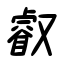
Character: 叡